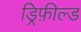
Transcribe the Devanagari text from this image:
ड्रिफ़ील्ड